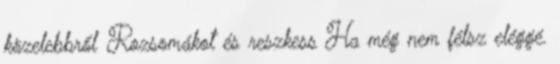
közelebbről Rozsomákot és reszkess Ha még nem félsz eléggé.